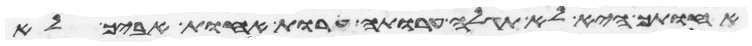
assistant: אחותך היא לא תגלה ערותה ערות אחות אביך לא